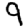
Digit: 9